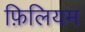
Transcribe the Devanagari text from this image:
फ़िलियम